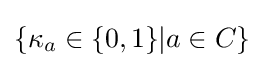
\{\kappa _{a}\in \{0,1\}|a\in C\}